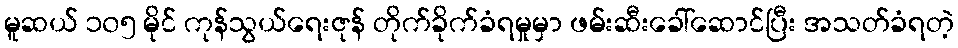
မူဆယ် ၁၀၅ မိုင် ကုန်သွယ်ရေးဇုန် တိုက်ခိုက်ခံရမှုမှာ ဖမ်းဆီးခေါ်ဆောင်ပြီး အသတ်ခံရတဲ့